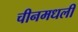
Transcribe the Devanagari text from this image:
चीनमधली